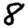
Digit: 8